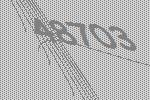
48703